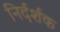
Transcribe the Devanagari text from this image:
निर्दर्शक